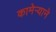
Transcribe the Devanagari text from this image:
कामेर्‍याने